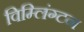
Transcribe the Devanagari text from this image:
विम्लिंग्टन